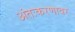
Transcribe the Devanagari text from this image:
अंतःकरणावर